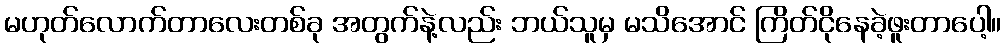
မဟုတ်လောက်တာလေးတစ်ခု အတွက်နဲ့လည်း ဘယ်သူမှ မသိအောင် ကြိတ်ငိုနေခဲ့ဖူးတာပေါ့။